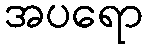
အပရော